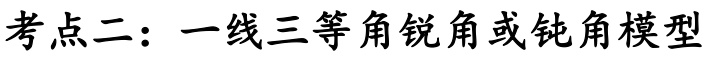
考点二：一线三等角锐角或钝角模型